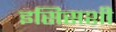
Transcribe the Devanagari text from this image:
इसिसशी